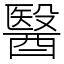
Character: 醫